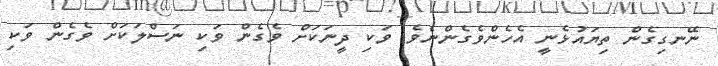
ނޭނގިގެން ތިޔައުޅެނީ އެހެންވެގެންނެވެ. ވަކި ދީނަކަށް ވެގެން ވަކި ނަސްލަކަށް ވެގެން ވަކި